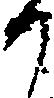
か